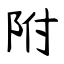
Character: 附